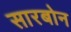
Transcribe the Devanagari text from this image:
सारबोन